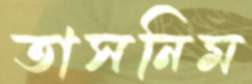
তাসনিম